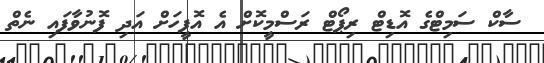
ސާކް ސަމިޓްގެ އޮޑިޓް ރިޕޯޓް ރަސްމީކޮށް އެ އޮފީހަށް އަދި ފޮނުވާފައި ނެތް